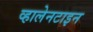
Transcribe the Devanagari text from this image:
व्हालेनटाइन